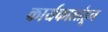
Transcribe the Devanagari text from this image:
कार्यकालांहून